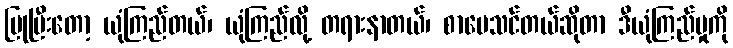
ပြုပြီးတော့ ယုံကြည်တယ်၊ ယုံကြည်လို့ တရားနာတယ်၊ စာပေသင်တယ်ဆိုတာ ဒီယုံကြည်မှုကို